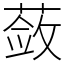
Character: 蔹